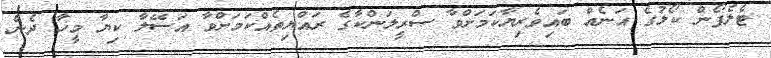
ޓެލެފޯން ކޯލުގެ އަނެއް ބައިވެރިޔާކަމަށްވާ ސްރީލަންކާގެ ރައްޔިތެއްކަމަށްވާ އަސޭލާ ކިޔާ މީހާ ދެން